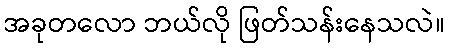
အခုတလော ဘယ်လို ဖြတ်သန်းနေသလဲ။